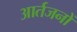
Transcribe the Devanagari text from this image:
आर्तजनों